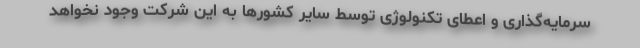
سرمایه‌گذاری و اعطای تکنولوژی توسط سایر کشورها به این شرکت وجود نخواهد